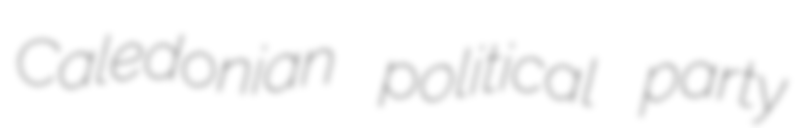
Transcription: Caledonian political party